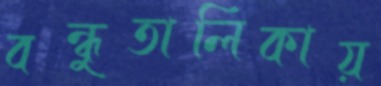
বন্ধুতালিকায়